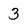
Character: 3